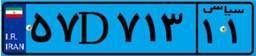
۳۲D۴۵۹۰۶